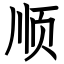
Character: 顺